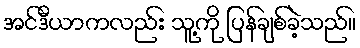
အင်ဒီယာကလည်း သူ့ကို ပြန်ချစ်ခဲ့သည်။